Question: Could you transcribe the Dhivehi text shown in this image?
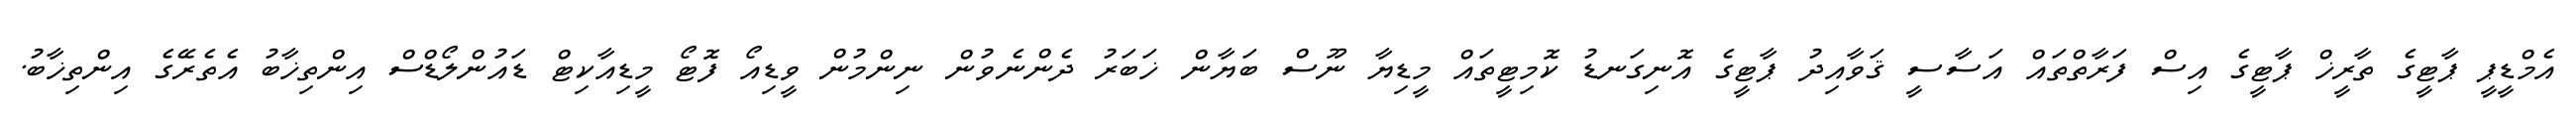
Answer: އެމްޑީޕީ ޕާޓީގެ ތާރީޚް ޕާޓީގެ އިސް ފަރާތްތައް އަސާސީ ޤަވާއިދު ޕާޓީގެ އޮނިގަނޑު ކޮމިޓީތައް މީޑިޔާ ނޫސް ބަޔާން ޚަބަރު ދެންނެވުން ނިންމުން ވީޑިއޯ ފޮޓޯ މީޑިއާކިޓް ޑައުންލޯޑްސް އިންތިޚާބު އެތެރޭގެ އިންތިޚާބު.